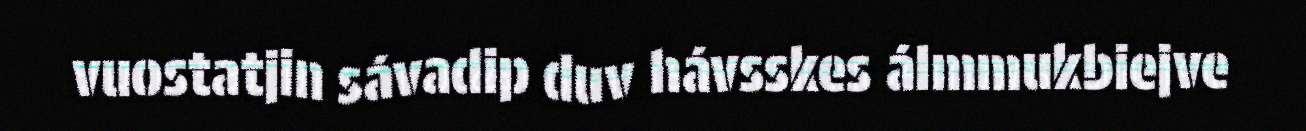
vuostatjin sávadip duv hávsskes álmmukbiejve